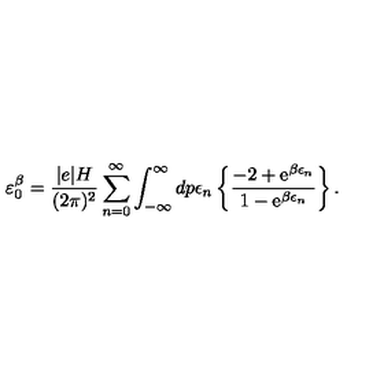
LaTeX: \varepsilon _ { 0 } ^ { \beta } = \frac { | e | H } { ( 2 \pi ) ^ { 2 } } \sum _ { n = 0 } ^ { \infty } \int _ { - \infty } ^ { \infty } d p \epsilon _ { n } \left\{ \frac { - 2 + \mathrm { e } ^ { \beta \epsilon _ { n } } } { 1 - \mathrm { e } ^ { \beta \epsilon _ { n } } } \right\} .